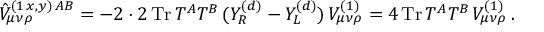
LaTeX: \hat { V } _ { \mu \nu \rho } ^ { ( 1 \, x , y ) \, A B } = - 2 \cdot 2 \, \mathrm { T r } \, T ^ { A } T ^ { B } \, ( Y _ { R } ^ { ( d ) } - Y _ { L } ^ { ( d ) } ) \, V _ { \mu \nu \rho } ^ { ( 1 ) } = 4 \, \mathrm { T r } \, T ^ { A } T ^ { B } \, V _ { \mu \nu \rho } ^ { ( 1 ) } \, .